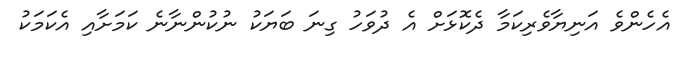
އެހެންވެ އަނިޔާވެރިކަމާ ދެކޮޅަށް އެ ދުވަހު ގިނަ ބަޔަކު ނުކުންނާނެ ކަމަށާއި އެކަމަކު